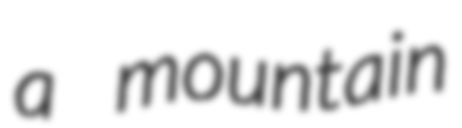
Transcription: a mountain